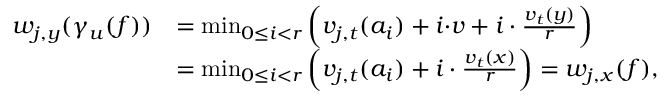
\begin{array} { r l } { w _ { j , y } ( \gamma _ { u } ( f ) ) } & { = \operatorname* { m i n } _ { 0 \leq i < r } \left( v _ { j , t } ( a _ { i } ) + i { \cdot } v + i \cdot \frac { v _ { t } ( y ) } r \right) } \\ & { = \operatorname* { m i n } _ { 0 \leq i < r } \left( v _ { j , t } ( a _ { i } ) + i \cdot \frac { v _ { t } ( x ) } r \right) = w _ { j , x } ( f ) , } \end{array}